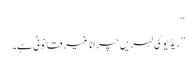
‘‘
’’ریڈیو کی لہریں چرانا غیر قانونی ہے۔